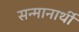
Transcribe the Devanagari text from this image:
सन्मानार्थी